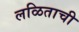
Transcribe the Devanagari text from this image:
लळिताची